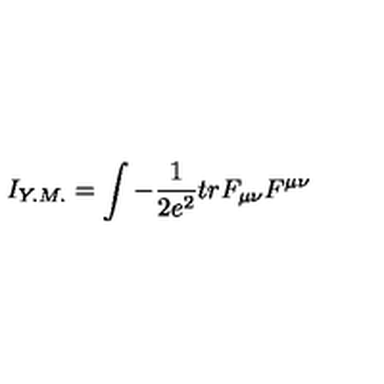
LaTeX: I _ { Y . M . } = \int - \frac { 1 } { 2 e ^ { 2 } } t r F _ { \mu \nu } F ^ { \mu \nu }